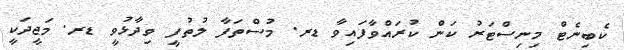
ކެބިނެޓް މިނިސްޓަރު ކަން ކުރައްވާފައިވާ ޑރ. މުސްތަފާ ލުތުފީ ވިދާޅުވީ ޑރ. މަޖީދަކީ